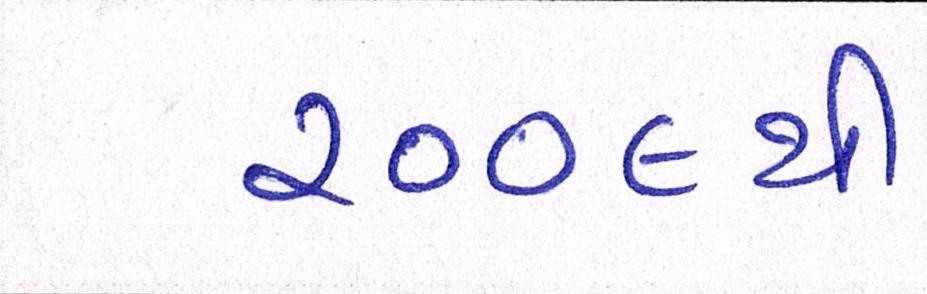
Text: ૨૦૦૯થી